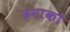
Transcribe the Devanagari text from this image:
ढमाकों